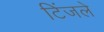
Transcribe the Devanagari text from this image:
टिंजले